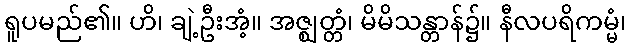
ရူပမည်၏။ ဟိ၊ ချဲ့ဦးအံ့။ အဇ္ဈတ္တံ၊ မိမိသန္တာန်၌။ နီလပရိကမ္မံ၊